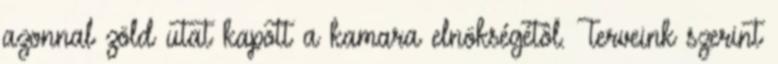
azonnal zöld utat kapott a kamara elnökségétôl. Terveink szerint